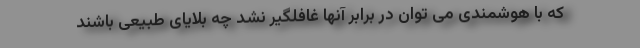
که با هوشمندی می توان در برابر آنها غافلگیر نشد چه بلایای طبیعی باشند